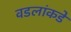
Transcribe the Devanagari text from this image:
वडलांकडे